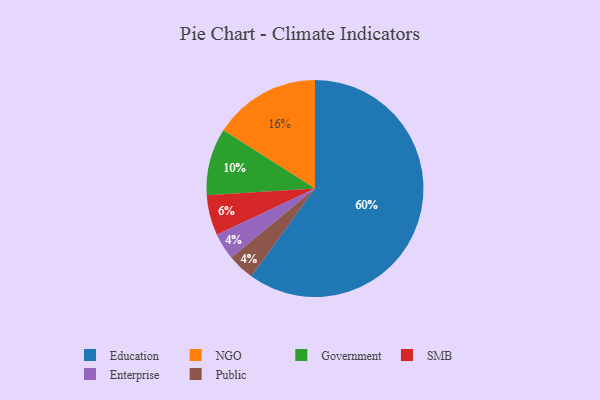
{"axis": {"x": "Category", "y": "Percentage"}, "legend": ["Education", "Enterprise", "Government", "NGO", "Public", "SMB"], "data": [{"x": "Education", "y": 60, "type": "Education"}, {"x": "Government", "y": 10, "type": "Government"}, {"x": "Enterprise", "y": 4, "type": "Enterprise"}, {"x": "NGO", "y": 16, "type": "NGO"}, {"x": "Public", "y": 4, "type": "Public"}, {"x": "SMB", "y": 6, "type": "SMB"}]}